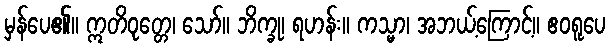
မှန်ပေ၏။ ဣတိဝုတ္တေ၊ သော်။ ဘိက္ခု၊ ရဟန်း။ ကသ္မာ၊ အဘယ့်ကြောင့်။ ဧဝရူပေ